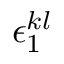
\epsilon _ { 1 } ^ { k l }